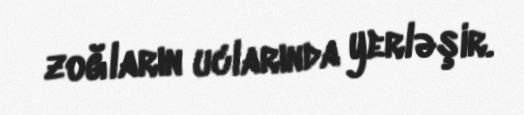
zoğların uclarında yerləşir.